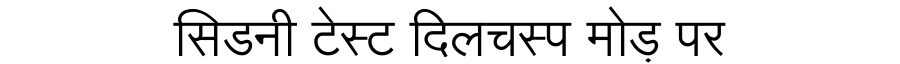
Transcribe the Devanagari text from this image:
सिडनी टेस्ट दिलचस्प मोड़ पर